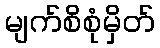
မျက်စိစုံမှိတ်